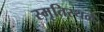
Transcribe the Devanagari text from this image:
स्मृतिस्थळे